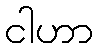
ငါဟာ